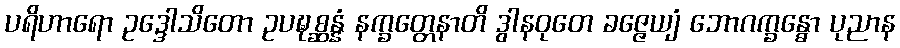
ပရိဟာရော ဥဒ္ဒေါသိတော ဥပဍ္ဎစ္ဆန္နံ နက္ခတ္တေနာတိ ဒွါနဝုတေ ခဇ္ဇေယျံ ဘောဂက္ခန္ဓော ပုညာန